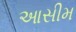
આસીમ